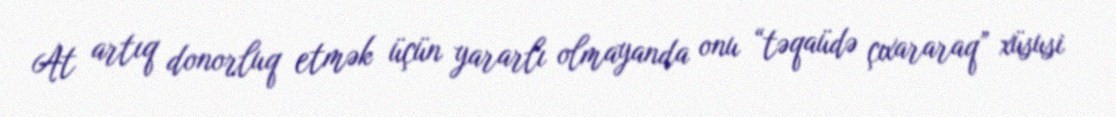
At artıq donorluq etmək üçün yararlı olmayanda onu “təqaüdə çıxararaq” xüsusi